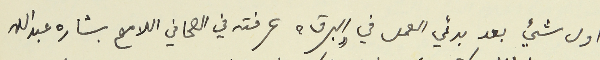
اول شيء بعد بدئي العمل في "البرق" عرفته في الصحافي اللامع بشاره عبد الله